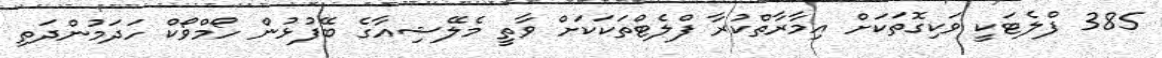
385 ފްލެޓަކީ ވަކިގޮތަކަށް އިމާރާތްކުރާ ފްލެޓްތަކަކަށް ވާތީ މެލޭޝިއާގެ ބޭފުޅުން ހޯމްވޯކް ހަދަމުންދަތި